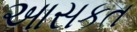
આસકત